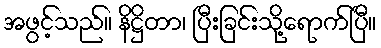
အဖွင့်သည်။ နိဋ္ဌိတာ၊ ပြီးခြင်းသို့ရောက်ပြီ။